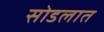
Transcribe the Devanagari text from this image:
सोडलात